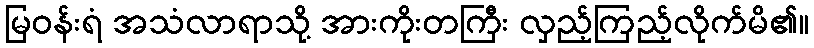
မြဝန်းရံ အသံလာရာသို့ အားကိုးတကြီး လှည့်ကြည့်လိုက်မိ၏။